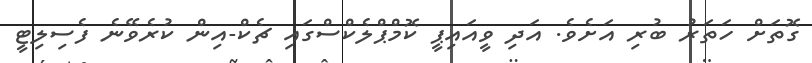
ގޮތަށް ހަތަރު ބުރި އަށެވެ. އަދި ވީއައިޕީ ކޮމްޕްލެކްސްގައި ޗެކް-އިން ކުރެވޭނެ ފެސިލިޓީ